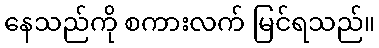
နေသည်ကို စကားလက် မြင်ရသည်။